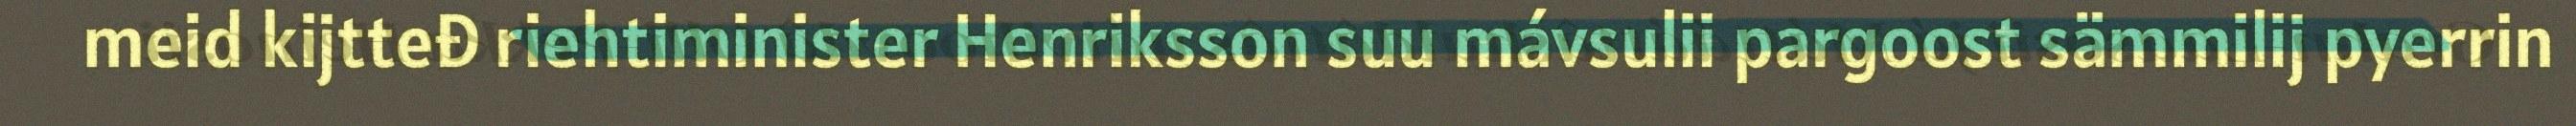
meid kijtteđ riehtiminister Henriksson suu mávsulii pargoost sämmilij pyerrin